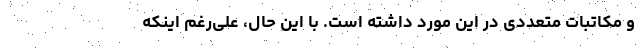
و مکاتبات متعددی در این مورد داشته است. با این حال، علی‌رغم اینکه